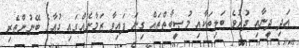
އަދި ދީނާއި ދުރުވެ ބަލިތަކާއި މުޞީބާތްތައް ގިނަ ފައިވާ ޒަމާނެއްގައި ދުޢާގެ ބޭނުންތެރި